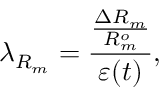
\lambda _ { R _ { m } } = \frac { \frac { \Delta R _ { m } } { R _ { m } ^ { o } } } { \varepsilon ( t ) } ,